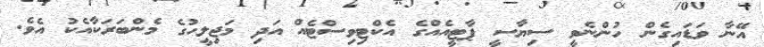
އޭނާ ވަޑައިގެން ހުންނެވީ ސިޔާސީ ޕާޓީއެއްގެ އެކްޓިވިސްޓެއް އަދި މަޖިލީހުގެ މެންބަރަކާއެކު އެވެ.